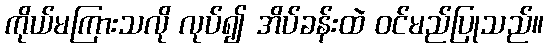
ကိုယ်မကြားသလို လုပ်၍ အိပ်ခန်းထဲ ဝင်မည်ပြုသည်။